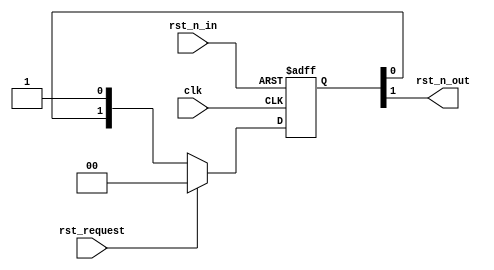
//-----------------------------------------------------------------------------
// The confidential and proprietary information contained in this file may
// only be used by a person authorised under and to the extent permitted
// by a subsisting licensing agreement from ARM Limited or its affiliates.
//
//        (C) COPYRIGHT 2013 ARM Limited or its affiliates.
//            ALL RIGHTS RESERVED
//
// This entire notice must be reproduced on all copies of this file
// and copies of this file may only be made by a person if such person is
// permitted to do so under the terms of a subsisting license agreement
// from ARM Limited or its affiliates.
//
// -----------------------------------------------------------------------------
//
//      SVN Information
//
//      Checked In          : $Date: 2013-04-05 11:54:17 +0100 (Fri, 05 Apr 2013) $
//
//      Revision            : $Revision: 242973 $
//
//      Release Information : CM3DesignStart-r0p0-00rel0
//
//-----------------------------------------------------------------------------
//-----------------------------------------------------------------------------
// Abstract : Simple reset synchronizer
//-----------------------------------------------------------------------------

// Reset synchroniser
module fpga_rst_sync  (
  input  wire  clk,
  input  wire  rst_n_in,
  input  wire  rst_request,
  output wire  rst_n_out
  );

  reg   [1:0]  reg_rst_sync;

  always @(posedge clk or negedge rst_n_in)
  begin
  if (~rst_n_in)
    reg_rst_sync <= 2'b00;
  else
    if (rst_request)
      reg_rst_sync <= 2'b00;
    else
      reg_rst_sync <= {reg_rst_sync[0], 1'b1};
  end

  assign     rst_n_out = reg_rst_sync[1];

endmodule